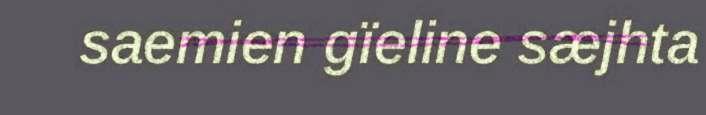
saemien gïeline sæjhta